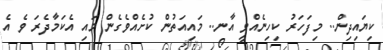
ކިޔައިދިން.. މިފަހަރު ކިހިނެއްވީ އާނ.. މައިއަތުން ކުށެއްވެގެން މައި އެކަމާދެރަ ވެ އެ